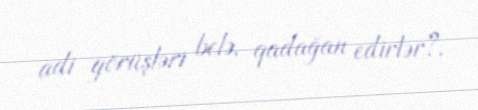
adi görüşləri belə, qadağan edirlər?.